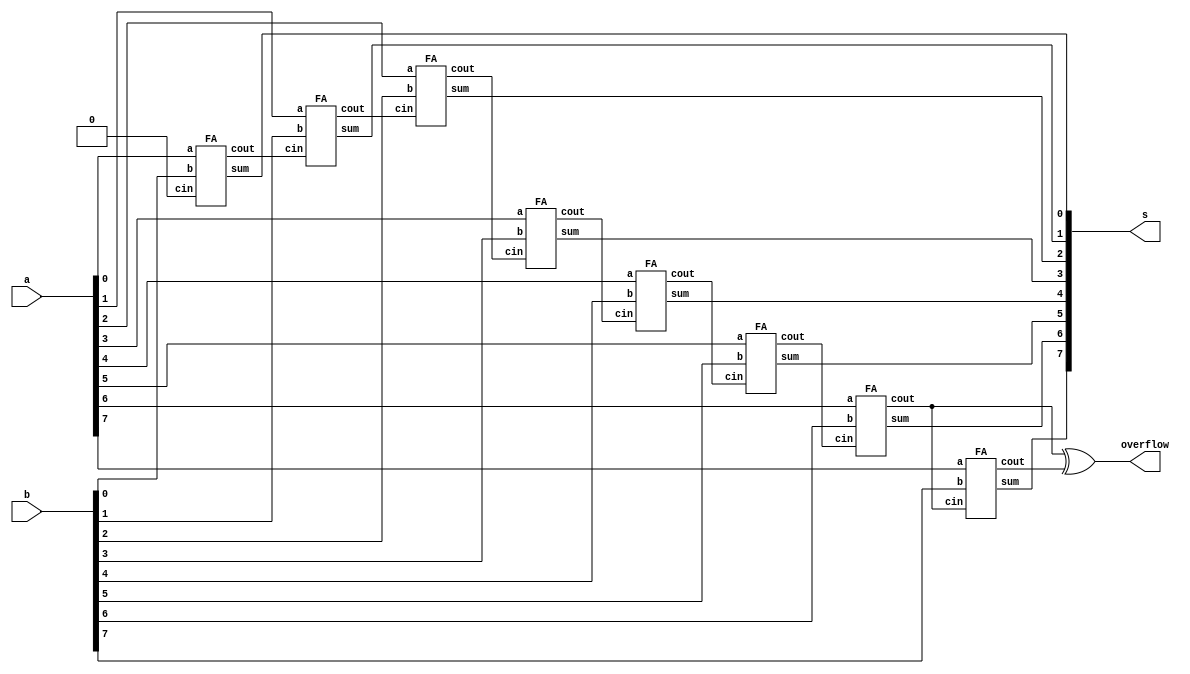
module top_module (
    input [7:0] a,
    input [7:0] b,
    output [7:0] s,
    output overflow
); //
 
    wire [7:0] c;
    FA FA0(.a(a[0]), .b(b[0]), .cin(1'b0), .cout(c[0]), .sum(s[0]));
    FA FA1(.a(a[1]), .b(b[1]), .cin(c[0]), .cout(c[1]), .sum(s[1]));
    FA FA2(.a(a[2]), .b(b[2]), .cin(c[1]), .cout(c[2]), .sum(s[2]));
    FA FA3(.a(a[3]), .b(b[3]), .cin(c[2]), .cout(c[3]), .sum(s[3]));
    FA FA4(.a(a[4]), .b(b[4]), .cin(c[3]), .cout(c[4]), .sum(s[4]));
    FA FA5(.a(a[5]), .b(b[5]), .cin(c[4]), .cout(c[5]), .sum(s[5]));
    FA FA6(.a(a[6]), .b(b[6]), .cin(c[5]), .cout(c[6]), .sum(s[6]));
    FA FA7(.a(a[7]), .b(b[7]), .cin(c[6]), .cout(c[7]), .sum(s[7]));
    
    assign overflow = c[6] ^ c[7];

endmodule

module FA( 
    input a, b, cin,
    output cout, sum );
    
    assign sum = a ^ b ^ cin;
    assign cout = (a & b) | (a & cin) | (b & cin);

endmodule